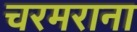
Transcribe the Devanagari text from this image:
चरमराना